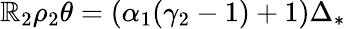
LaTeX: \mathbb{R}_{2}\rho_{2}\theta=(\alpha_{1}(\gamma_{2}-1)+1)\Delta_{*}